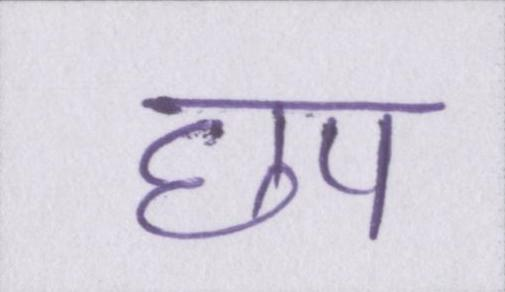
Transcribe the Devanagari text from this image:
छप